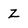
Character: z